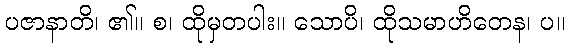
ပဇာနာတိ၊ ၏။ စ၊ ထိုမှတပါး။ သောပိ၊ ထိုသမာဟိတေန၊ ပ။